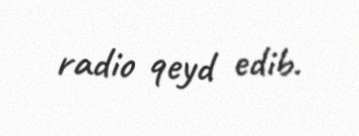
radio qeyd edib.